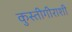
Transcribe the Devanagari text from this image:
कुस्तीगीराशी